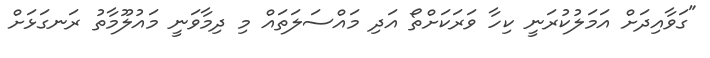
"ގަވާއިދަށް އަމަލުކުރަނީ ކިހާ ވަރަކަށްތޯ އަދި މައްސަލަތައް މި ދިމާވަނީ މައުލޫމާތު ރަނގަޅަށް